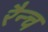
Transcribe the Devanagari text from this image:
रैन्च